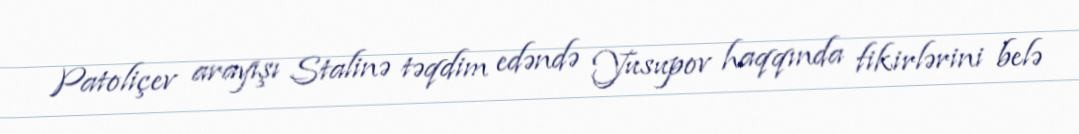
Patoliçev arayışı Stalinə təqdim edəndə Yusupov haqqında fikirlərini belə